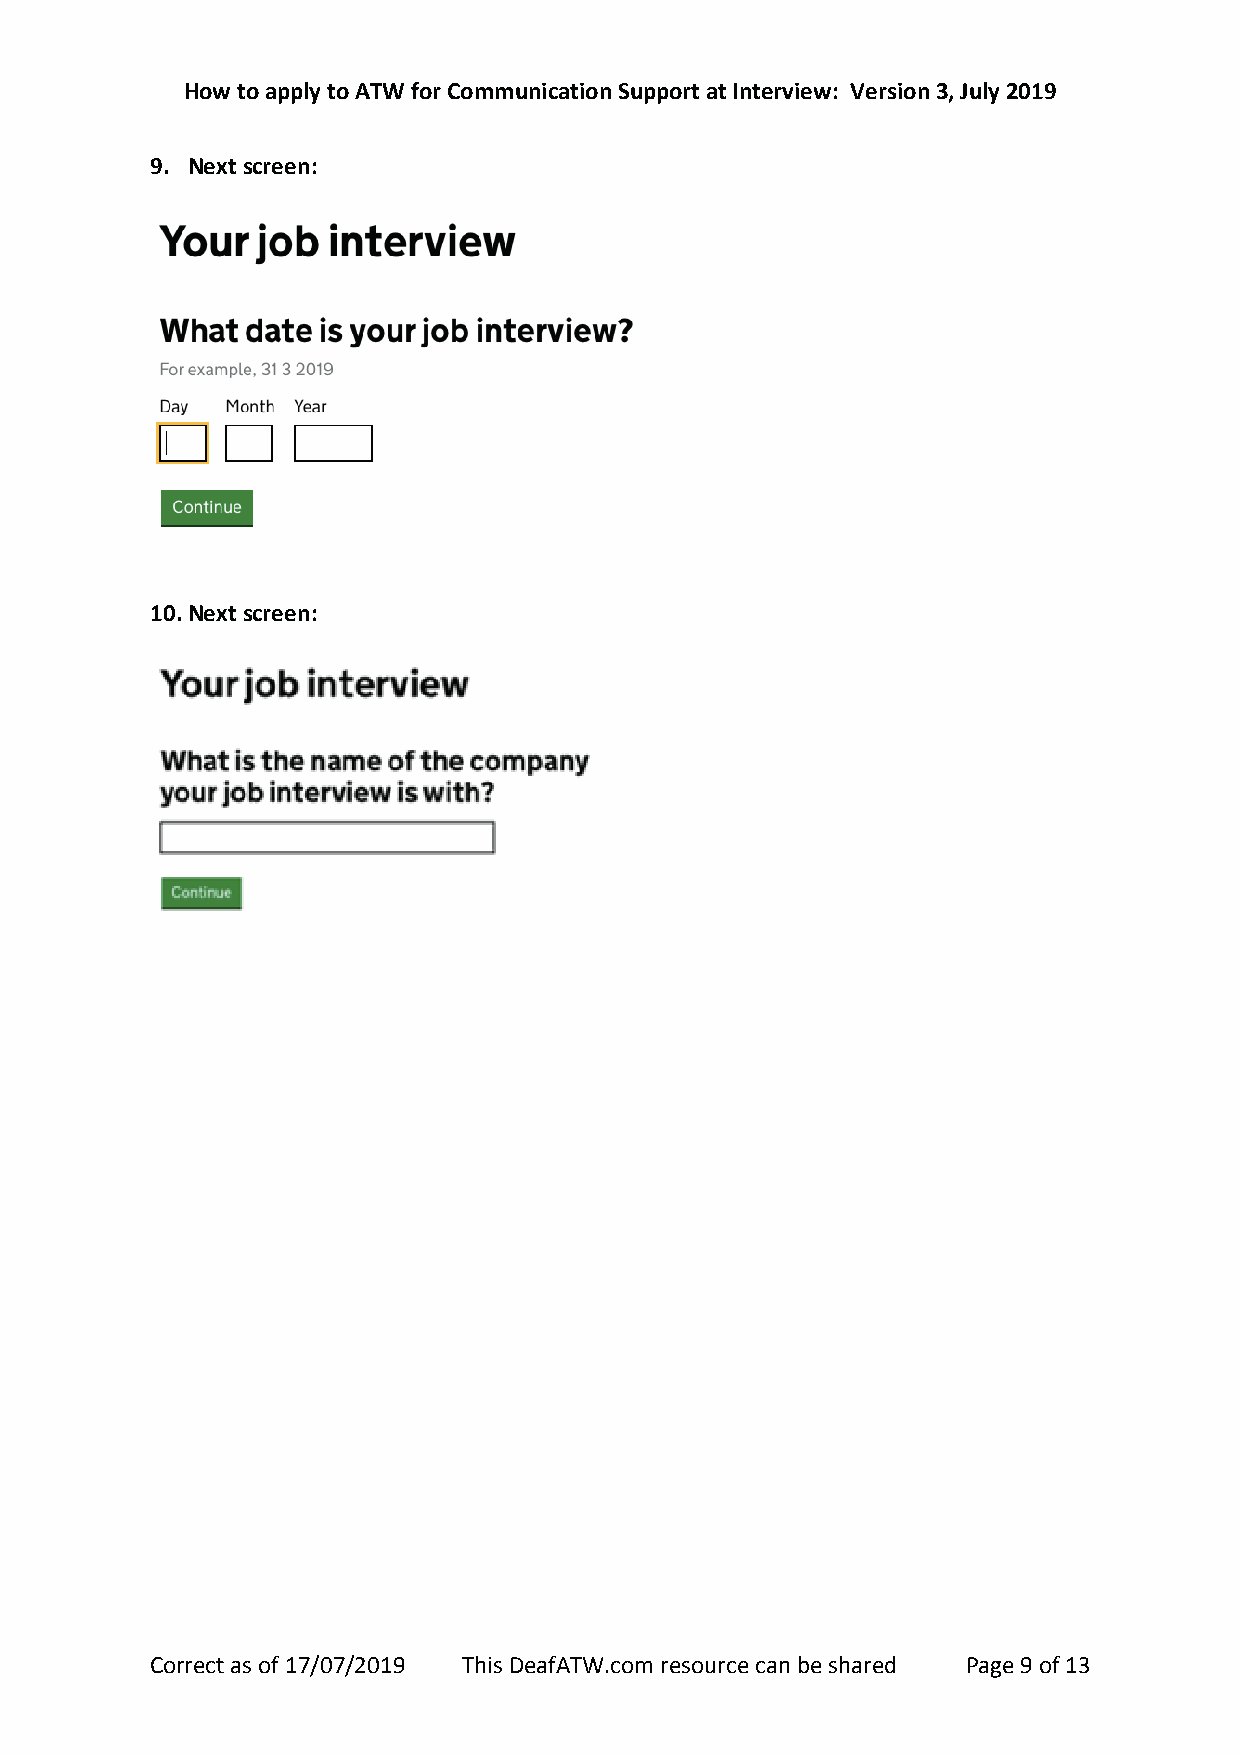
How to apply to ATW for Communication Support at Interview: Version 3, July 2019
 9. Next screen:
 10. Next screen:
 Correct as of 17/07/2019 This DeafATW.com resource can be shared Page 9 of 13